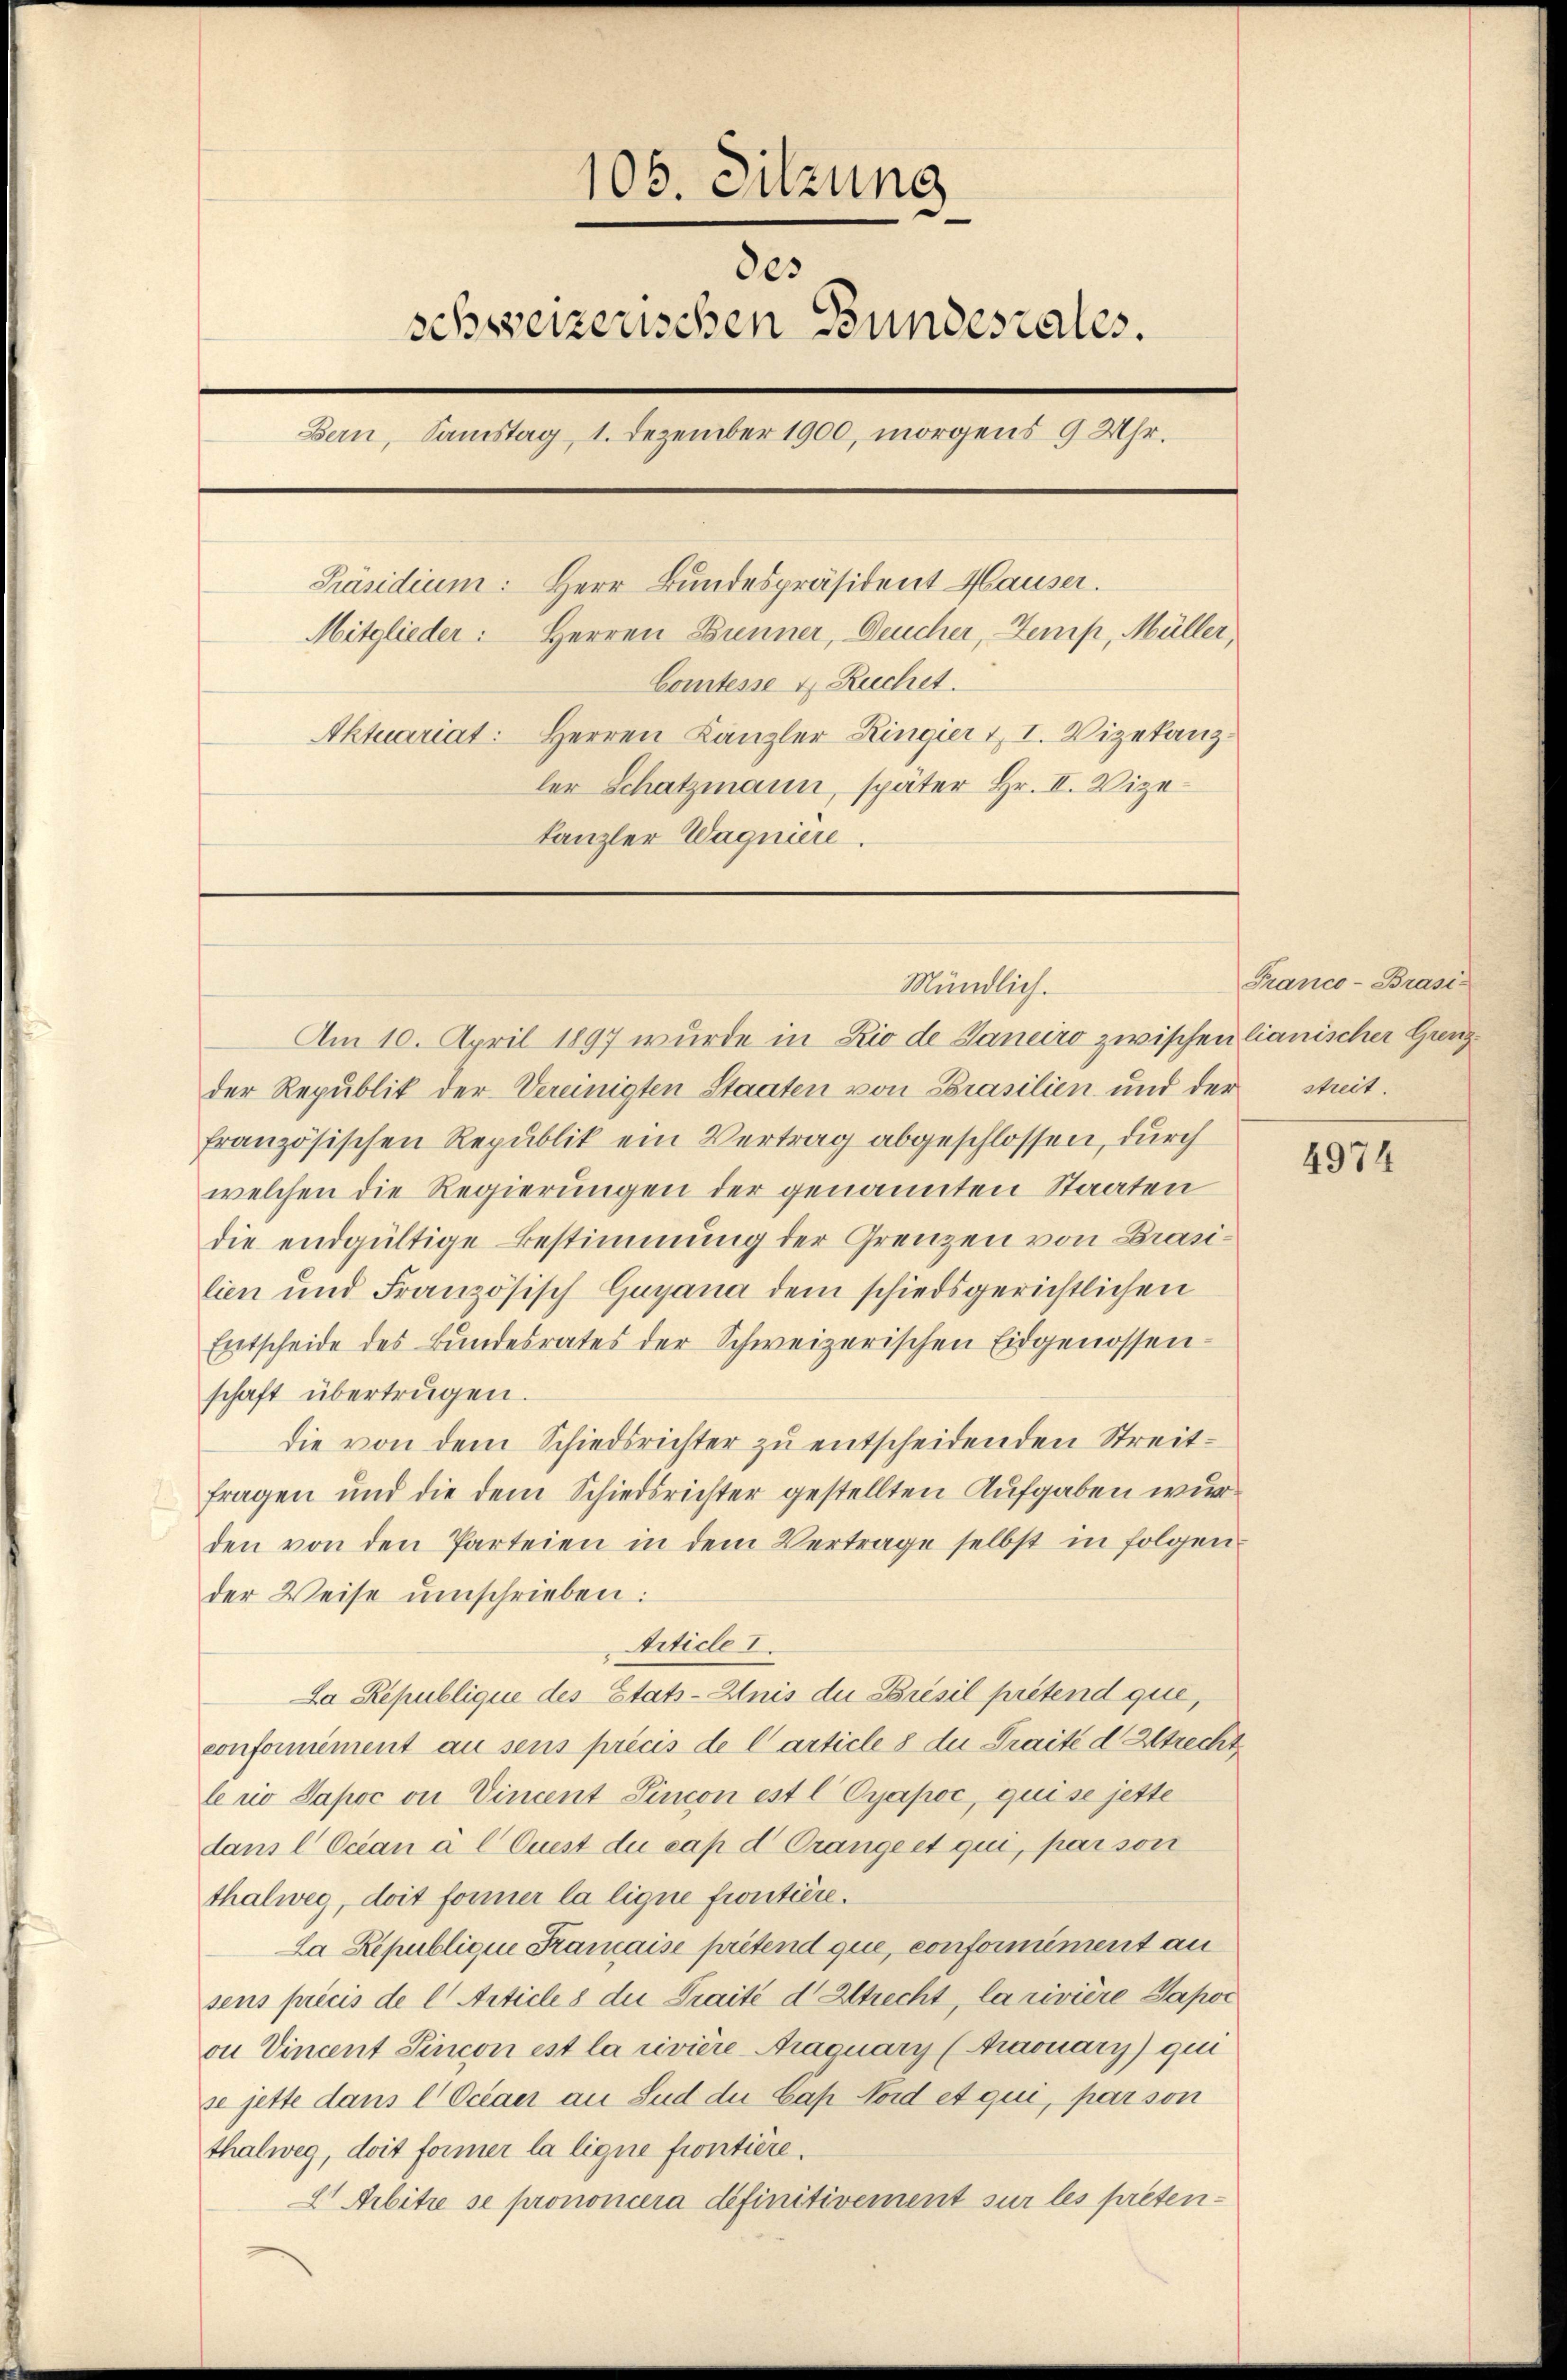
108. Sitzung
des
schweizerischen Bundesrates.
Bern, Samstag 1. Dezember 1900, morgens 9 Uhr.
Präsidium: Herr Bundespräsident Hauser.
Mitglieder: Herren Brenner, Deucher, emp, Müller,
Comtesse 4 Rechet.
Aktuariat: Herren Kanzler Ringier u. I. Vizekanz
ler Schatzmann, später Hr. II. Vizekanzler Wagniere.

Mündlich.

Am 10. April 1897 wurde in Rio de Janeiro zwischen lianischer Grenzder Republik der Vereinigten Staaten von Brasilien und der
französischen Republik ein Vertrag abgeschlossen, durch
welchen die Regierungen der genannten Staaten
die endgültige Bestimmung der Grenzen von Brasilien und Französisch Guyana dem schiedsgerichtlichen
Entscheide des Bundesrates der Schweizerischen Eidgenossenschaft übertrügen.
die von dem Schiedsrichter zu entscheidenden Streitfragen und die dem Schiedsrichter gestellten Aufgaben wur
den von den Parteien in dem Vertrage selbst in folgen.
der Weise umschrieben:
Article I.
La Republique des Etats-Anis die Bresil prétend que,
conformément an sens précis de Carticle 8 du Traité d Strecht
lerio Sapoc on Vincent Lincon est l Cyapoc, quise jette
dans l Ocean à l Quest du cap d Orange et qui, par son
thalweg, doit former la ligne frontière.
La Republique Kamaise prétend que, conformément an
sens précis de l Article 8 die Traité d' Altrecht, la rivière Sapor
ou Vincent Sincon ist la rivière-Araquary (Araouary) qui
se jette dans l Octaer an Sud du Cap Nord et qui, par son
thalweg, doit former la ligne frontière.
2 Arbitre se prononcera définitivement sur les preten¬

Franco-Brasi-
streit.

4974